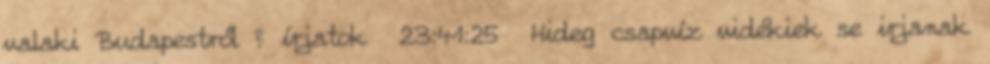
valaki Budapestről ? írjatok 23:41:25 Hideg csapvíz vidékiek se irjanak